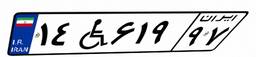
۱۴W۶۱۹۹۷